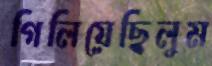
গিলিয়েছিলুম